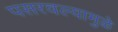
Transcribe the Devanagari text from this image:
पसरवल्यामुळे